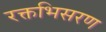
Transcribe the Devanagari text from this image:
रक्तभिसरण